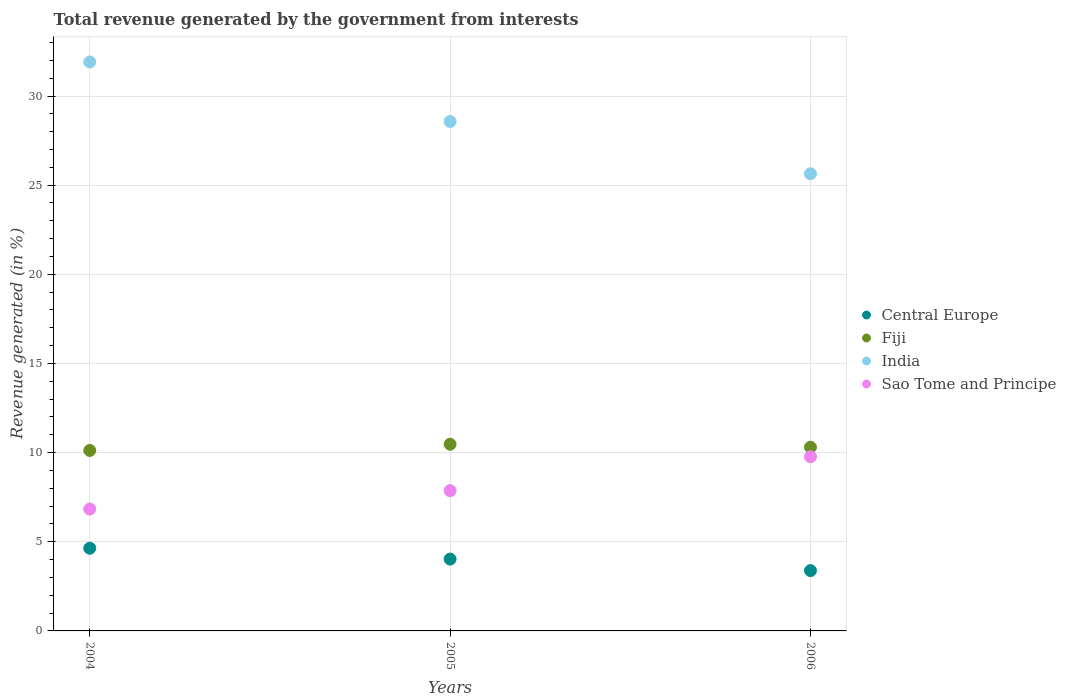
| Years | Central Europe | Fiji | India | Sao Tome and Principe |
 | --- | --- | --- | --- | --- |
 | 2004 | 4.64 | 10.1 | 31.9 | 6.83 |
 | 2005 | 4.03 | 10.5 | 28.6 | 7.87 |
 | 2006 | 3.38 | 10.3 | 25.6 | 9.77 |